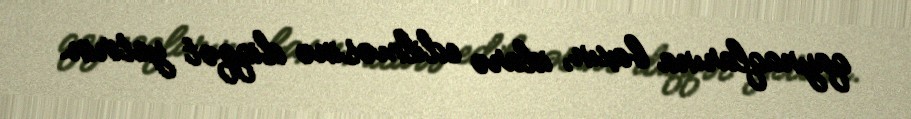
qaynaqlarına baxın, idarə edilməsinə diqqət yetirin.